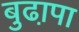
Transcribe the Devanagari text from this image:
बुढा़पा